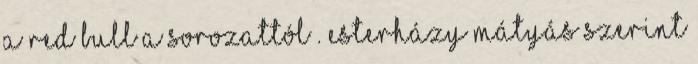
a Red Bull a sorozattól . Esterházy Mátyás szerint